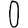
Digit: 0